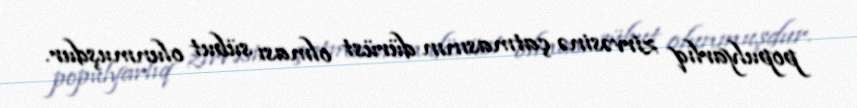
populyarlıq zirvəsinə çatmasının dürüst olması sübut olunmuşdur.